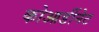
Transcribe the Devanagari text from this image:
कोआर्डीनेट